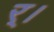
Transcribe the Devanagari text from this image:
र्।